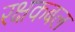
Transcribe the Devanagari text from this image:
रक्षकबल